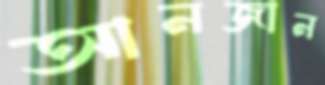
আনজান